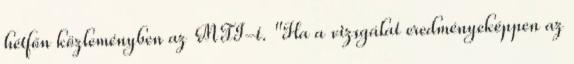
hétfőn közleményben az MTI-t. "Ha a vizsgálat eredményeképpen az